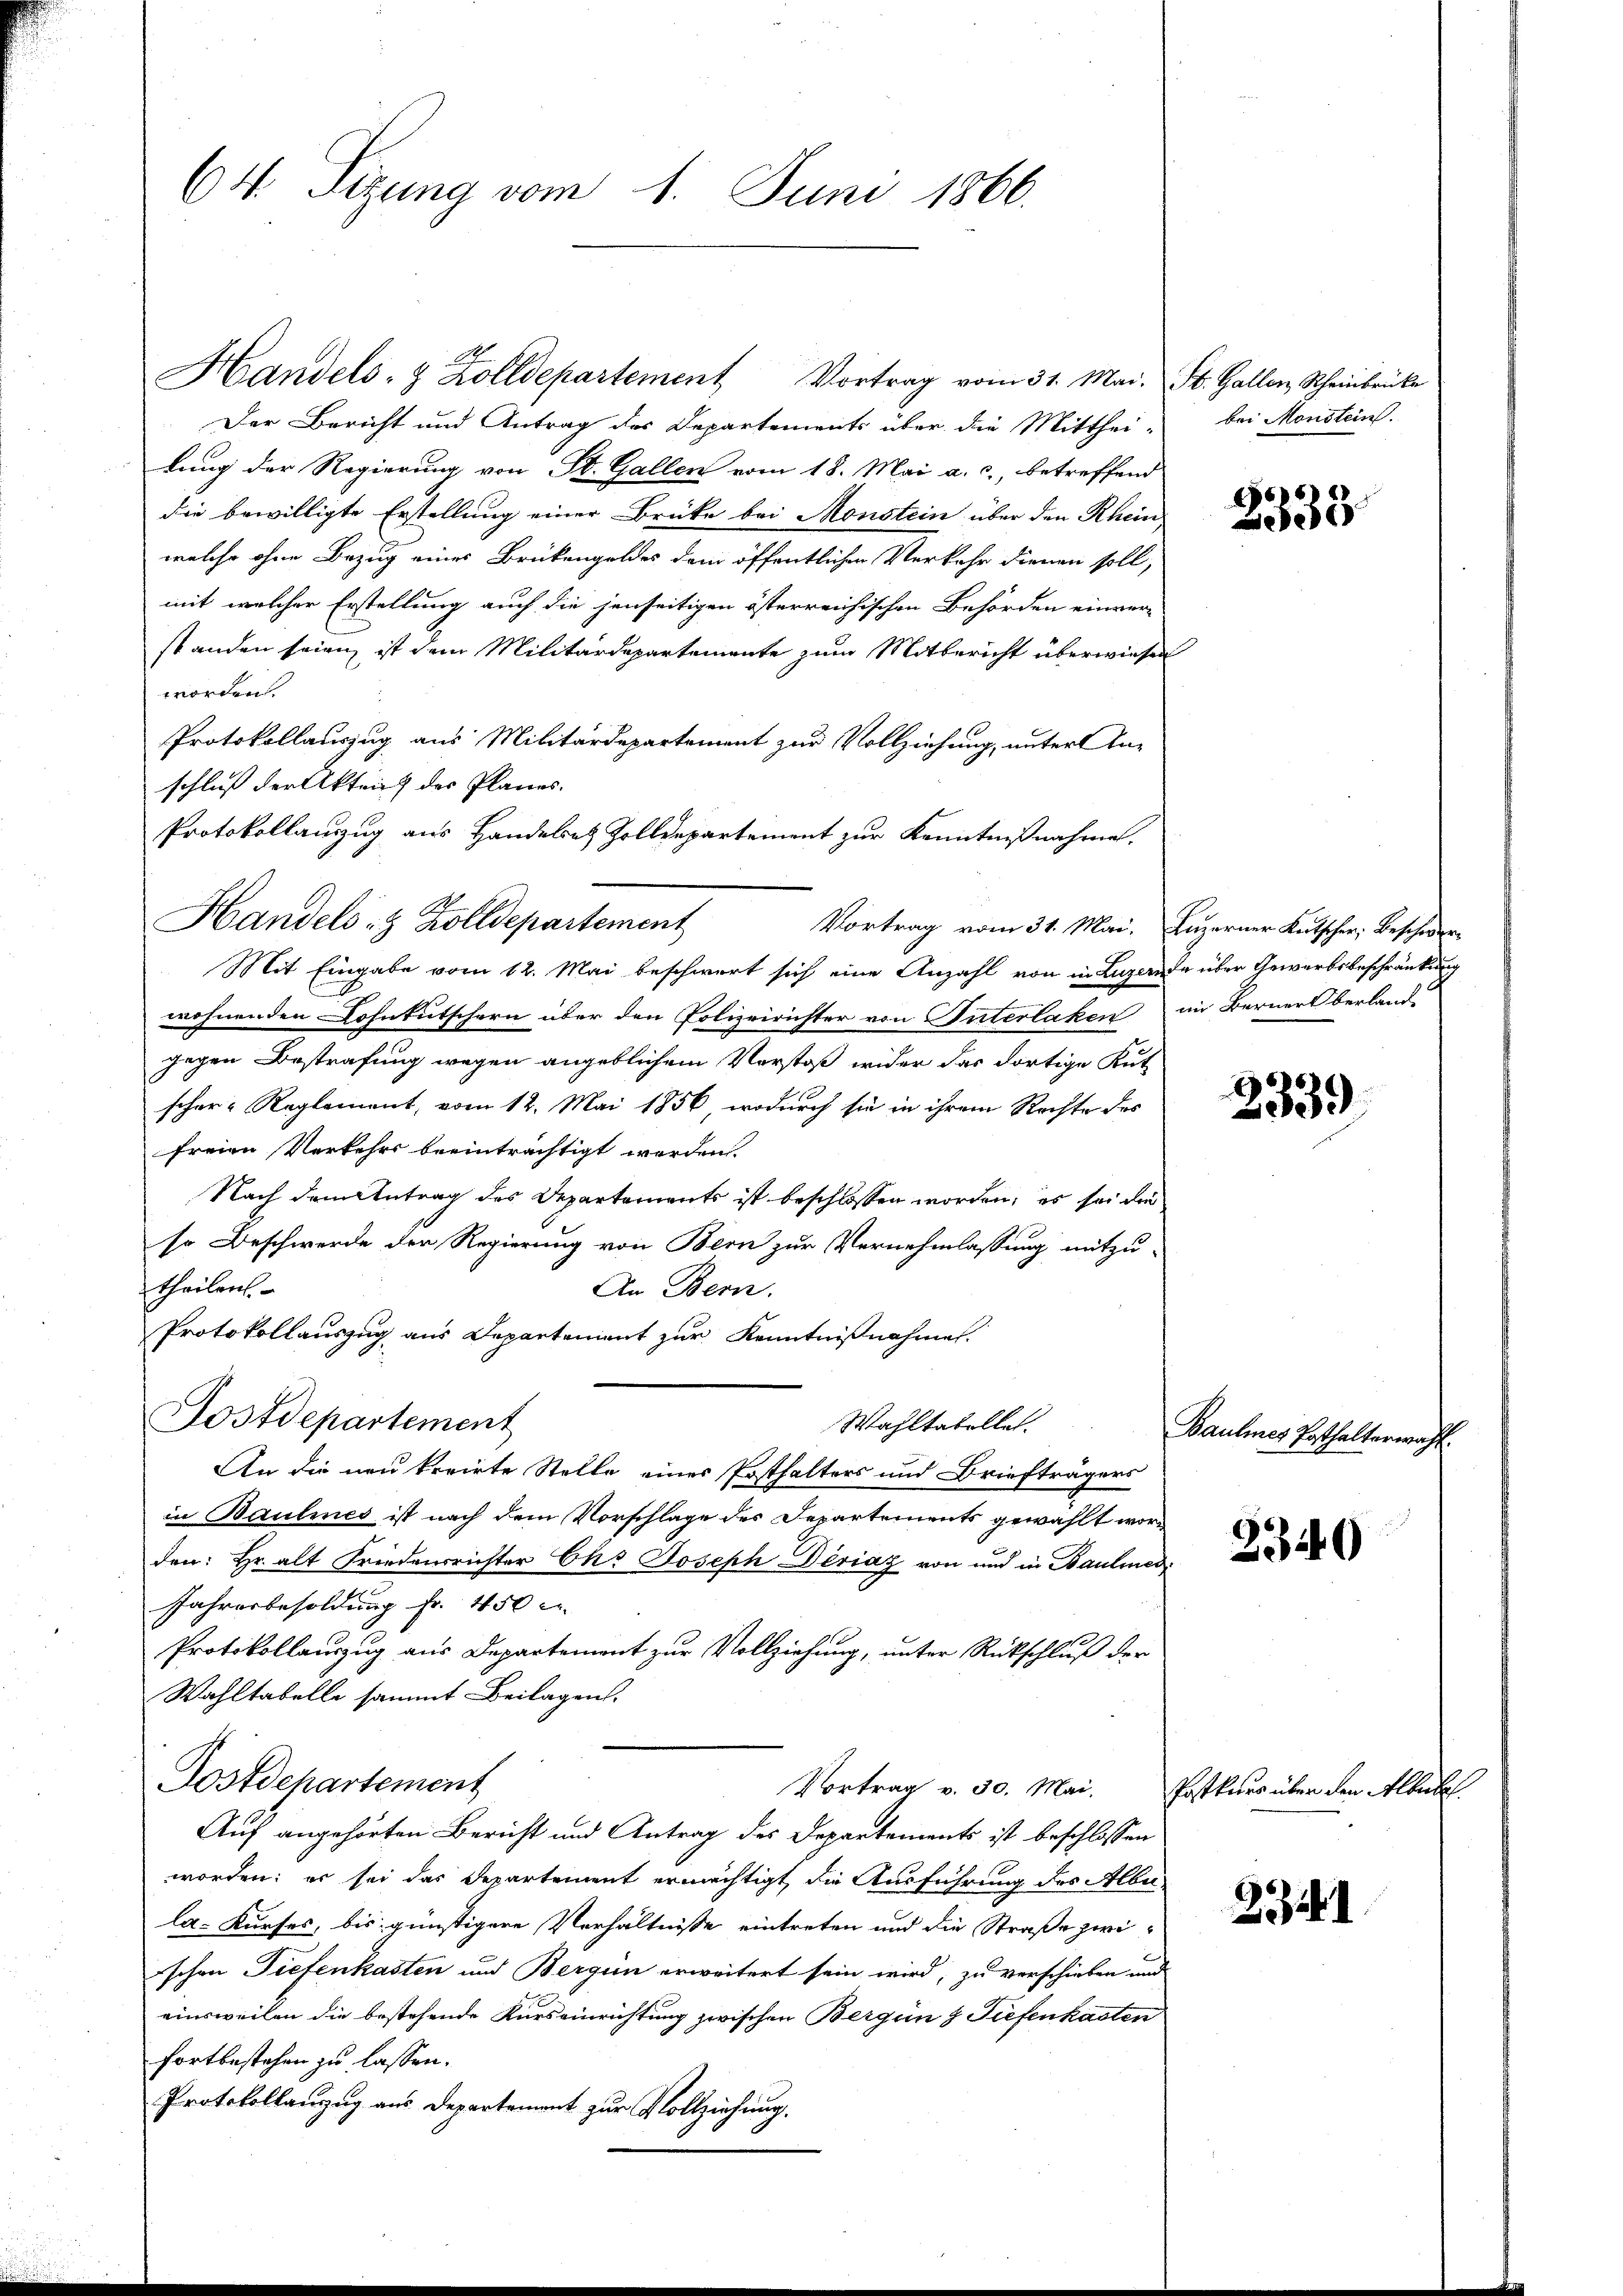
64. Sizung vom 1. Juni 1866.

Handels- & Zolldepartement Vortrag vom 31. Mai. St. Galler Scheinbrücke
Der Bericht und Antrag des Departements über die Mitthei- bei Monstein.
lung der Regierung von St. Gallen vom 18. Mai a. c., betreffend
die bewilligte Erstellung einer Brücke bei Monstein über den Rhein,
welche ohne Bezug eines Brückengeldes dem öffentlichen Verkehr dienen soll,
mit welcher Erstellung auch die jenseitigen österreichischen Behörden einver-
standen seien ist dem Militärdepartemente zum Mitbericht überwiesen
worden.
Protokollauszug aus Militärdepartement zur Vollziehung, unter An-
schluß der Akten des Planes.
Protokollauszug aus Handelsatz Zolldepartement zur Kenntnißnahmen.
Vortrag vom 31. Mai. Luzerner Kutscher, Beschwer-
Mit Eingabe vom 12. Mai beschwert sich eine Anzahl von in Luzernde über Gewerbsbeschränkung
wohnenden Lohnkutschern über den Polizeirichter von Unterlaken in Berner berland-
gegen Bestrafung wegen angeblichem Vorstoß wider das dortige Kut-
scher-Reglement, vom 12. Mai 1856, wodurch sie in ihrem Rechte des
freien Verkehrs beeinträchtigt werden.
Nach dem Antrag des Departements ist beschlossen worden; es sei die
so Beschwerde der Regierung von Bern zur Vernehmlassung mitzu-
theilen.
An Bern.
Protokollauszug aus Departement zur Kenntnißnahme.
Postdepartement
Wahltabellet.
An die neu kreirte Stelle eines Posthalters und Briefträgers
in Baulines ist nach dem Vorschlage des Departements gewählt worden: Hr. alt Friedensrichter Ch. Joseph Dériaz von und in Bauliner
Jahresbesoldung fr. 450 c
Protokollauszug aus Departement zur Vollziehung, unter Rückschluß der
Wahltabelle sammt- Beilagen.
Postdepartement
Vortrag v. 30. Mai.
Auf angehörten Bericht und Antrag des Departements ist beschlossen
worden; es sei das Departement ermächtigt, die Ausführung des Alber
la-Kurses, bis günstigere Verhältnisse eintreten und die Straße zwischen Tiefenkasten und Bergün erweitert sein wird, zu verschieben und
einsweilen die bestehende Kurseinrichtung zwischen Bergün 3 Tiefenkasten
fortbestehen zu lassen.
Protokollanzug aus Departement zur Vollziehung.

Handels- & Zolldepartement

2333

3339)

Baulines Posthalterwahl

2340

Postkars über den Altabel.

2341